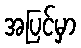
အပြင်မှာ